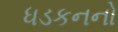
ધડકનનો